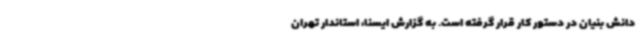
دانش بنیان در دستور کار قرار گرفته است. به گزارش ایسنا، استاندار تهران